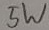
Text: 5W